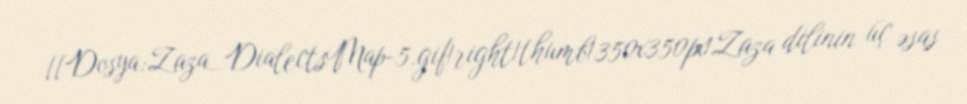
[[Dosya:Zaza_DialectsMap-5.gif|right|thumb|350x350px|Zaza dilinin üç əsas